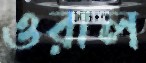
ওরাল